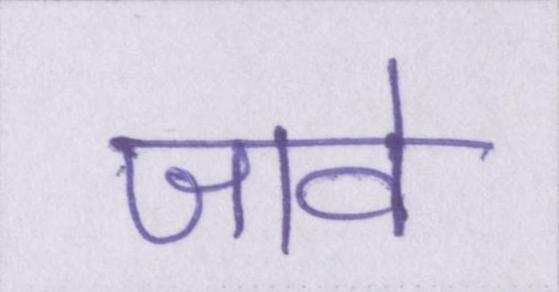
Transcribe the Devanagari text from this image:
जावे